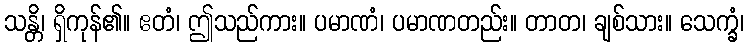
သန္တိ၊ ရှိကုန်၏။ ဧတံ၊ ဤသည်ကား။ ပမာဏံ၊ ပမာဏတည်း။ တာတ၊ ချစ်သား။ သေက္ခံ၊